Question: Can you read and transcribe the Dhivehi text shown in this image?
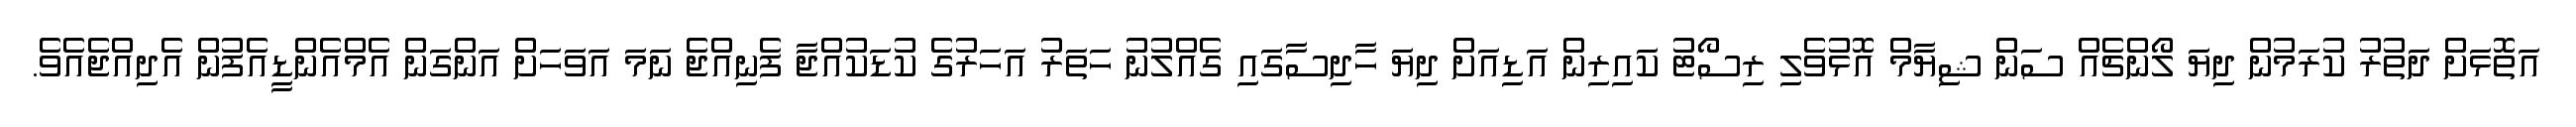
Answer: އަތޮޅަށް ދަތުރު ކުރަމުން ދިޔަ ލޯންޗެއް ސަން ޝިޔާމް އޮޅުވެލި ރިސޯޓު ކައިރިން އަޑިއަށް ދިޔަ ހާދިސާގައި ގެއްލުނު ހަތަރު އަހަރުގެ ކުޑަކުއްޖާ ފެނިއްޖެ ނަމަ އަވަހަށް އަންގަން އެމްއެންޑީއެފުން އެދިއްޖެއެވެ.